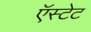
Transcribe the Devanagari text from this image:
ऍस्टेट